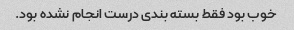
خوب بود فقط بسته بندی درست انجام نشده بود.